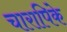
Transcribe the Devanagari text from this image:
चारापिके